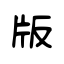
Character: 版